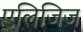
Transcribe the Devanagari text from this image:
एलिजिज